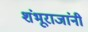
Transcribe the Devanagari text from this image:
शंभूराजांनी